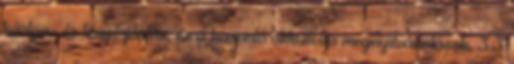
kártya- és tenyérjóslás, és a hasonló okkultista megnyilvánulások. 3.3